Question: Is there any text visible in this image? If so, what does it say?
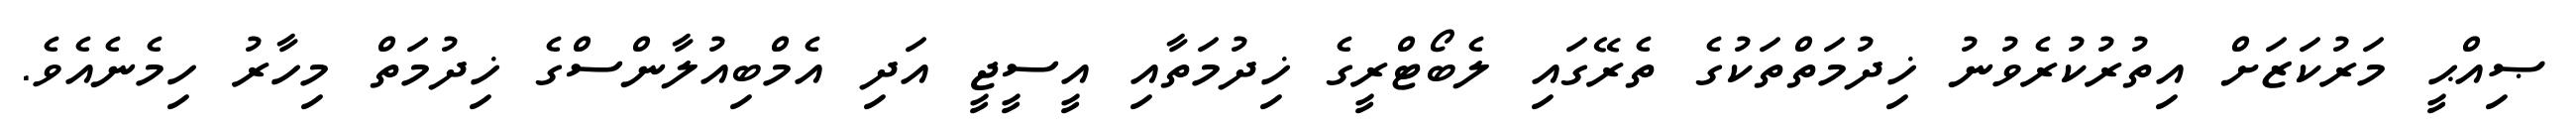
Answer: ޞިއްޙީ މަރުކަޒަށް އިތުރުކުރެވުނު ޚިދުމަތްތަކުގެ ތެރޭގައި ލެބޯޓްރީގެ ޚިދުމަތާއި އީސީޖީ އަދި އެމްބިއުލާންސްގެ ޚިދުމަތް މިހާރު ހިމެނެއެވެ.